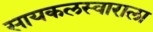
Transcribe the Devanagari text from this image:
सायकलस्वाराला